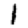
Digit: 1